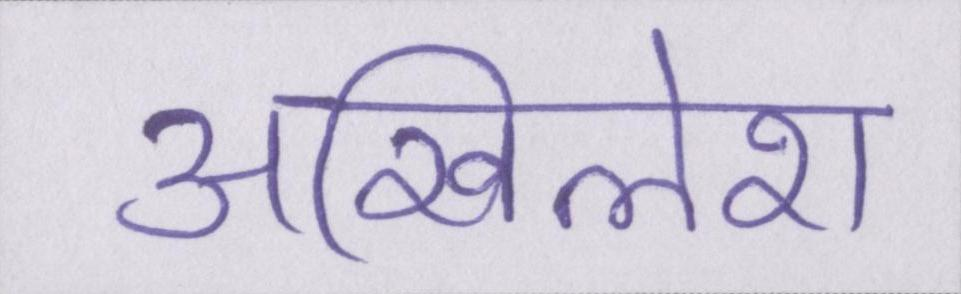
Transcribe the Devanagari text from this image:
अखिलेश